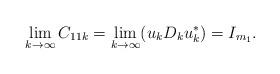
LaTeX: \begin{align*} & \lim_{k \to \infty}C_{11 k} =\lim_{k \to \infty}(u_k D_k u_k^*)=I_{m_1}. \end{align*}